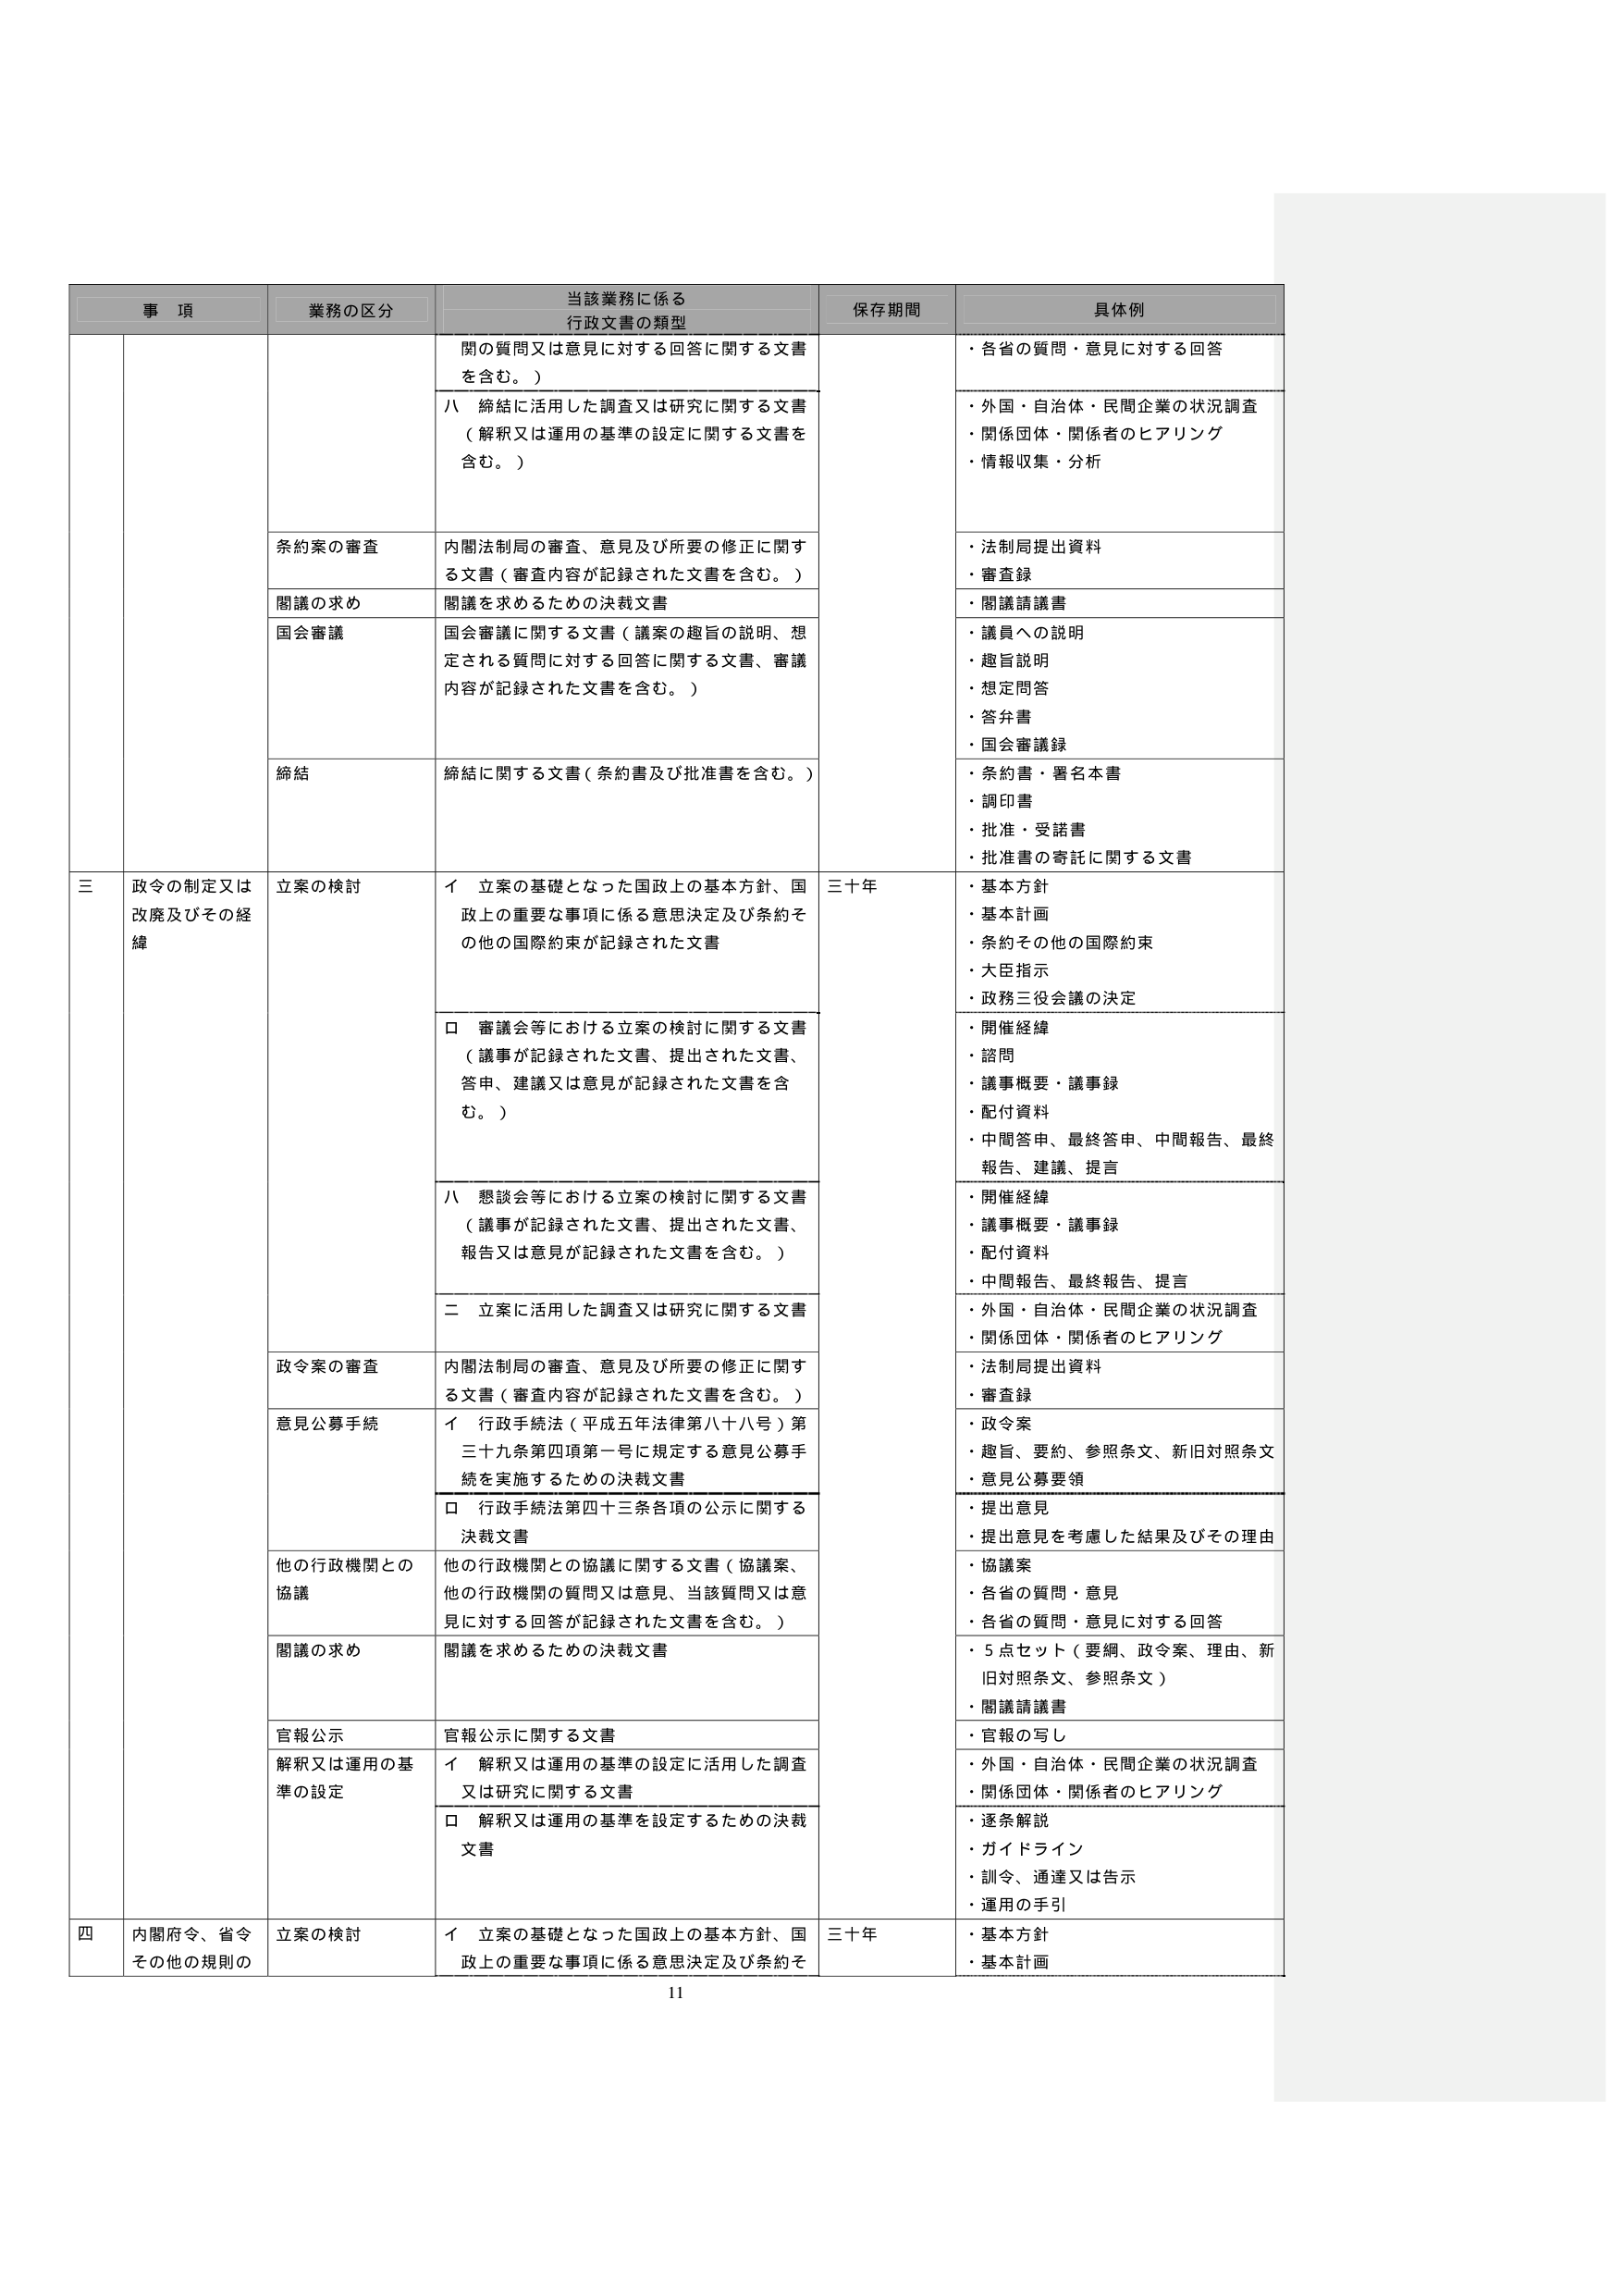
事 項 業務の区分 当該業務に係る 行政文書の類型 保存期間 具体例 関の質問又は意見に対する回答に関する文書 を含む。） ・各省の質問・意見に対する回答 ハ 締結に活用した調査又は研究に関する文書 （解釈又は運用の基準の設定に関する文書を 含む。） ・外国・自治体・民間企業の状況調査 ・関係団体・関係者のヒアリング ・情報収集・分析 条約案の審査 内閣法制局の審査、意見及び所要の修正に関す る文書（審査内容が記録された文書を含む。） ・法制局提出資料 ・審査録 閣議の求め 閣議を求めるための決裁文書 ・閣議請議書 国会審議 国会審議に関する文書（議案の趣旨の説明、想 定される質問に対する回答に関する文書、審議 内容が記録された文書を含む。） ・議員への説明 ・趣旨説明 ・想定問答 ・答弁書 ・国会審議録 締結 締結に関する文書（条約書及び批准書を含む。） ・条約書・署名本書 ・調印書 ・批准・受諾書 ・批准書の寄託に関する文書 三 政令の制定又は 改廃及びその経 緯 立案の検討 イ 立案の基礎となった国政上の基本方針、国 政上の重要な事項に係る意思決定及び条約そ の他の国際約束が記録された文書 三十年 ・基本方針 ・基本計画 ・条約その他の国際約束 ・大臣指示 ・政務三役会議の決定 ロ 審議会等における立案の検討に関する文書 （議事が記録された文書、提出された文書、 答申、建議又は意見が記録された文書を含 む。） ・開催経緯 ・諮問 ・議事概要・議事録 ・配付資料 ・中間答申、最終答申、中間報告、最終 報告、建議、提言 ハ 懇談会等における立案の検討に関する文書 （議事が記録された文書、提出された文書、 報告又は意見が記録された文書を含む。） ・開催経緯 ・議事概要・議事録 ・配付資料 ・中間報告、最終報告、提言 二 立案に活用した調査又は研究に関する文書 ・外国・自治体・民間企業の状況調査 ・関係団体・関係者のヒアリング 政令案の審査 内閣法制局の審査、意見及び所要の修正に関す る文書（審査内容が記録された文書を含む。） ・法制局提出資料 ・審査録 意見公募手続 イ 行政手続法（平成五年法律第八十八号）第 三十九条第四項第一号に規定する意見公募手 続を実施するための決裁文書 ・政令案 ・趣旨、要約、参照条文、新旧対照条文 ・意見公募要領 ロ 行政手続法第四十三条各項の公示に関する 決裁文書 ・提出意見 ・提出意見を考慮した結果及びその理由 他の行政機関との 協議 他の行政機関との協議に関する文書（協議案、 他の行政機関の質問又は意見、当該質問又は意 見に対する回答が記録された文書を含む。） ・協議案 ・各省の質問・意見 ・各省の質問・意見に対する回答 閣議の求め 閣議を求めるための決裁文書 ・5点セット（要綱、政令案、理由、新 旧対照条文、参照条文） ・閣議請議書 官報公示 官報公示に関する文書 ・官報の写し 解釈又は運用の基 準の設定 イ 解釈又は運用の基準の設定に活用した調査 又は研究に関する文書 ・外国・自治体・民間企業の状況調査 ・関係団体・関係者のヒアリング ロ 解釈又は運用の基準を設定するための決裁 文書 ・逐条解説 ・ガイドライン ・訓令、通達又は告示 ・運用の手引 四 内閣府令、省令 その他の規則の 立案の検討 イ 立案の基礎となった国政上の基本方針、国 政上の重要な事項に係る意思決定及び条約そ 三十年 ・基本方針 ・基本計画 11